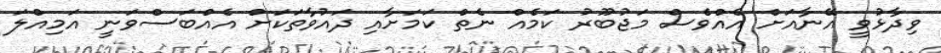
ވިދާޅުވީ އޭނާއަށް އެއްވެސް މަޖުބޫރު ކަމެއް ނެތް ކަމަށާއި ދައުވާތަކަށް އެއްބަސްވަނީ އަމިއްލަ